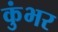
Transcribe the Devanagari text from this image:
कुंभर